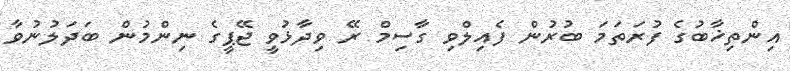
އިންތިޚާބުގެ ފުރަތަމަ ބުރުން ފެއިލްވި ގާސިމް ރޭ ވިދާޅުވީ ޖޭޕީގެ ނިންމުން ބަދަލުނުވާ